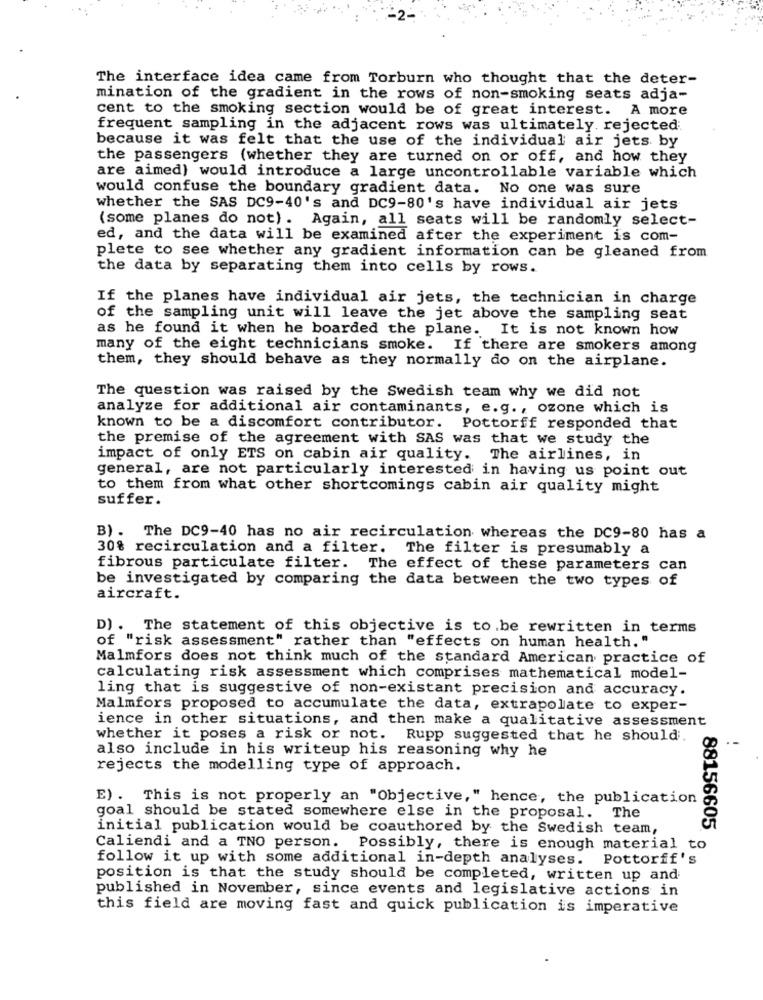
The interface idea came from Torburn who thought that the deter-
mination of the gradient in the rows of non-smoking seats adja-
cent to the smoking section would be of great interest. A more
frequent sampling in the adjacent rows was ultimately. rejected:
because it was felt that the use of the individual air jets by
the passengers (whether they are turned on or off, and how they
are aimed) would introduce a large uncontrollable variable which
would confuse the boundary gradient data. No one was sure
whether the SAS DC9-40's and DC9-80's have individual air jets
(some planes do not) . Again, all seats will be randomly select-
ed, and the data will be examined after the experiment is com-
plete to see whether any gradient information can be gleaned from
the data by separating them into cells by rows.
If the planes have individual air jets, the technician in charge
of the sampling unit will leave the jet above the sampling seat
as he found it when he boarded the plane. It is not known how
many of the eight technicians smoke. If there are smokers among
them, they should behave as they normally do on the airplane.
The question was raised by the Swedish team why we did not
analyze for additional air contaminants, e.g ., ozone which is
known to be a discomfort contributor. Pottorff responded that
the premise of the agreement with SAS was that we study the
impact of only ETS on cabin air quality. The airlines, in
general, are not particularly interested in having us point out
to them from what other shortcomings cabin air quality might
suffer.
B) . The DC9-40 has no air recirculation whereas the DC9-80 has a
30% recirculation and a filter. The filter is presumably a
fibrous particulate filter. The effect of these parameters can
be investigated by comparing the data between the two types of
aircraft.
D) . The statement of this objective is to be rewritten in terms
of "risk assessment" rather than "effects on human health. "
Malmfors does not think much of the standard American practice of
calculating risk assessment which comprises mathematical model-
ling that is suggestive of non-existant precision and accuracy.
Malmfors proposed to accumulate the data, extrapolate to exper-
ience in other situations, and then make a qualitative assessment
whether it poses a risk or not. Rupp suggested that he should.
also include in his writeup his reasoning why he
rejects the modelling type of approach.
E) . This is not properly an "Objective," hence, the publication
goal should be stated somewhere else in the proposal. The
initial publication would be coauthored by the Swedish team,
88156605
Caliendi and a TNO person. Possibly, there is enough material to
follow it up with some additional in-depth analyses. Pottorff's
position is that the study should be completed, written up and
published in November, since events and legislative actions in
this field are moving fast and quick publication is imperative